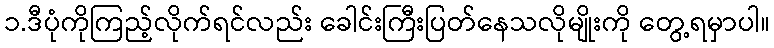
၁.ဒီပုံကိုကြည့်လိုက်ရင်လည်း ခေါင်းကြီးပြတ်နေသလိုမျိုးကို တွေ့ရမှာပါ။